Annual administration report of the Civil Veterinary Department, Ajmere-Merwara, British Rajputana - 1914-1940
Year: 1914
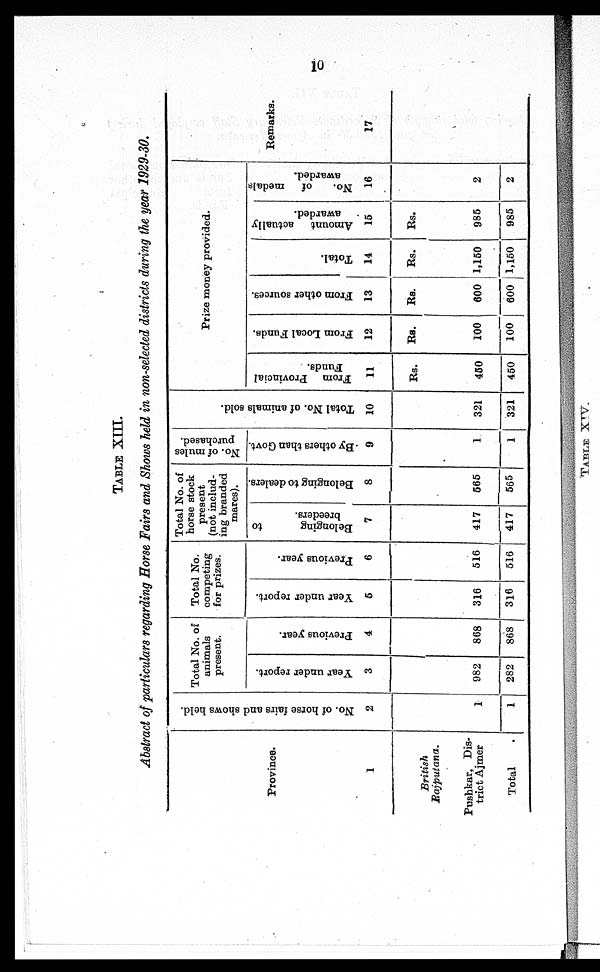
10
TABLE XIII.
Abstract of particulars regarding Horse Fairs and Shows held in non-selected districts during the year 1929-30.
Province.
1
British
Rajputana.
Pushkar, Dis-
trict Ajmer
Total .
No. of hor s e fai rs and shows held.
2
1
1
Total No. of
animals
present.
Year under report.
3
982
282
Previous year.
4
868
868
Total No.
competing
for prizes.
Year under report.
6
316
316
Previous year.
6
516
516
Total No. of
horse stock
present
(not includ-
ing branded
mares).
Belonging
to
breeders.
7
417
417
Belonging to dealers.
8
565
565
No. of mules
purchased.
By others than Govt.
9
1
1
Tot al No. of animals sold.
10
321
321
Prize money provided.
From Provincial
Funds.
11
Rs.
450
450
From Local Funds.
12
Rs.
100
100
From other sources.
13
Rs.
600
600
Total.
14
Rs.
1,160
1,150
Amount actually
awarded.
15
Rs.
985
985
No.
of medals
awarded.
16
2
2
Remarks.
17